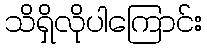
သိရှိလိုပါကြောင်း